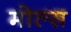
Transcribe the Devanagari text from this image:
मोल्स